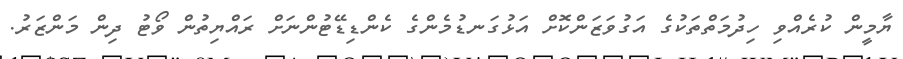
ޔާމީން ކުރެއްވި ހިދުމަތްތަކުގެ އަގުވަޒަންކޮށް އަޅުގަނޑުމެންގެ ކެންޑިޑޭޓުންނަށް ރައްޔިތުން ވޯޓު ދިން މަންޒަރު.